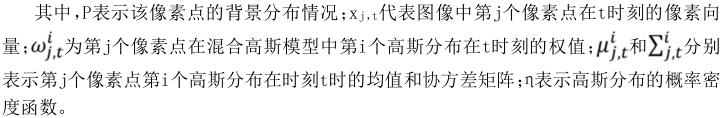
其中，$P$表示该像素点的背景分布情况；$\mathbf{x}_{j,t}$代表图像中第$j$个像素点在$t$时刻的像素向量；$\omega_{j,t}^{i}$为第$j$个像素点在混合高斯模型中第$i$个高斯分布在$t$时刻的权值；$\boldsymbol{\mu}_{j,t}^{i}$和$\boldsymbol{\sum}_{j,t}^{i}$分别表示第$j$个像素点第$i$个高斯分布在时刻$t$时的均值和协方差矩阵；$n$表示高斯分布的概率密度函数。